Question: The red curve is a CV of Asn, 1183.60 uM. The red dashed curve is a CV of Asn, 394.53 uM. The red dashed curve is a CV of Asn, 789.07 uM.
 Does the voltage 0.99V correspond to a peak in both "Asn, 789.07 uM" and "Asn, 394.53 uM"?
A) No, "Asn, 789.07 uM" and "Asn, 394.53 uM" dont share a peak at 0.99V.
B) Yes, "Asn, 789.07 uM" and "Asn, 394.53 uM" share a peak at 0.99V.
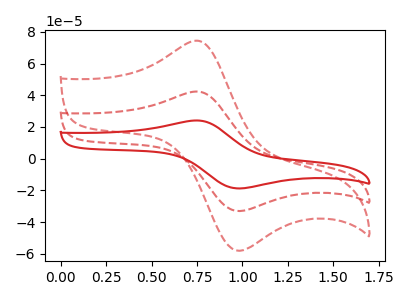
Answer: <think>The red curve "Asn, 1183.60 uM" has an anodic peak at (0.75V, 84.50uA) and a cathodic peak at (1.00V, -66.10uA). The red dashed curve "Asn, 394.53 uM" has an anodic peak at (0.75V, 42.25uA) and a cathodic peak at (1.00V, -33.05uA). The red dashed curve "Asn, 789.07 uM" has an anodic peak at (0.75V, 74.25uA) and a cathodic peak at (1.00V, -58.10uA).</think>
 <answer>B) Yes, "Asn, 789.07 uM" and "Asn, 394.53 uM" share a peak at 0.99V.</answer>
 <eval>B</eval>